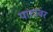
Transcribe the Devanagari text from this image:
पाटांवर